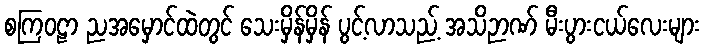
စကြဝဠာ ညအမှောင်ထဲတွင် သေးမှိန်မှိန် ပွင့်လာသည့် အသိဉာဏ် မီးပွားငယ်လေးများ